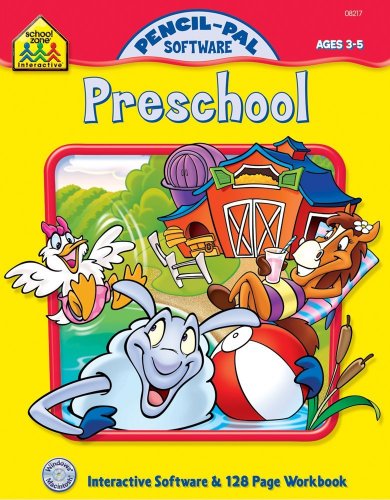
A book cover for Pencil-Pal Preschool (Pencil-Pal Software); School Zone Publishing Interactive Staff; Children's Books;